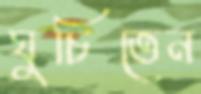
ঘুচিতেন